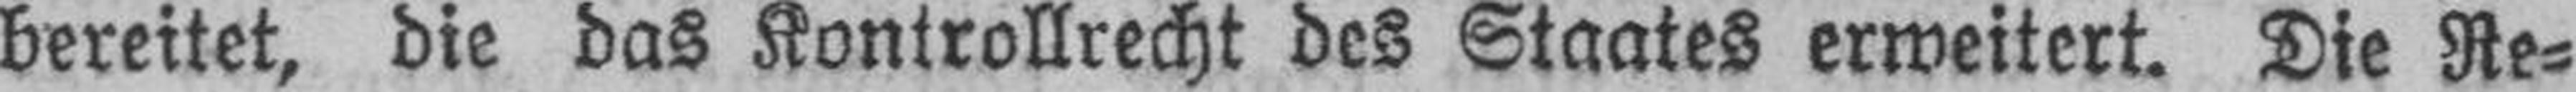
bereitet, die das Kontrollrecht des Staates erweitert. Die Re¬